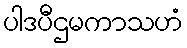
ပါဒပီဌမကာသဟံ